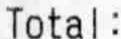
TOTAL: